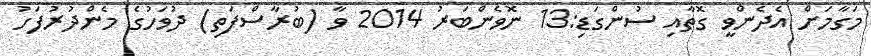
މަގާމަށް އެދެންވީ ގޮތާއި ސުންގަޑި:13 ނޮވެންބަރު 2014 ވާ (ބުރާސްފަތި) ދުވަހުގެ މެންދުރުފަހު